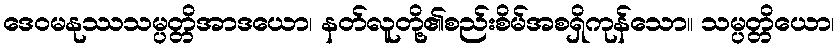
ဒေဝမနုဿသမ္ပတ္တိအာဒယော၊ နတ်လူတို့၏စည်းစိမ်အစရှိကုန်သော။ သမ္ပတ္တိယော၊